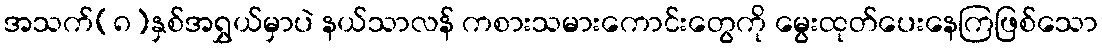
အသက်(၈)နှစ်အရွှယ်မှာပဲ နယ်သာလန် ကစားသမားကောင်းတွေကို မွေးထုတ်ပေးနေကြဖြစ်သော